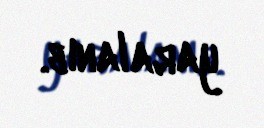
yaralanıb.